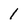
Character: 1